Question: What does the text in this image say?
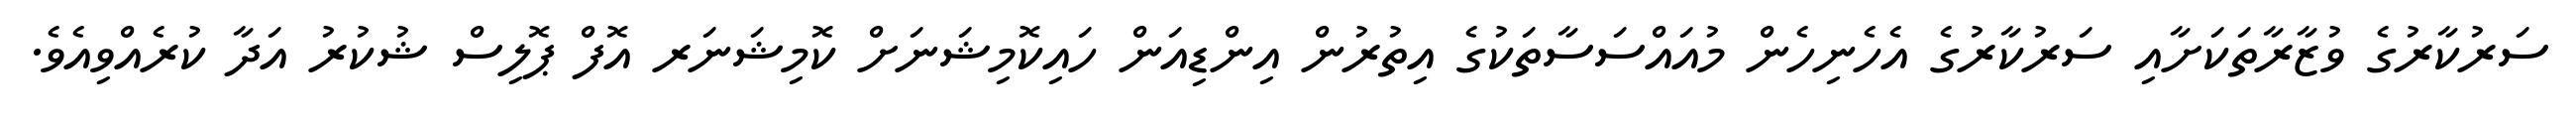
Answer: ސަރުކާރުގެ ވުޒާރާތަކަށާއި ސަރުކާރުގެ އެހެނިހެން މުއައްސަސާތަކުގެ އިތުރުން އިންޑިއަން ހައިކޮމިޝަނަށް ކޮމިޝަނަރ އޮފް ޕޮލިސް ޝުކުރު އަދާ ކުރެއްވިއެވެ.